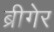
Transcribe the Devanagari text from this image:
ब्रीगेर